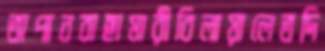
অপানবাছামারীবিলায়ালেতদি